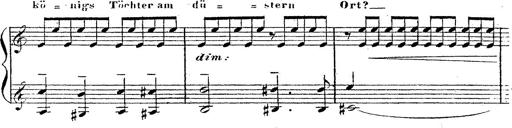
Title: 12 Lieder von Franz Schubert
Composer: Franz Liszt